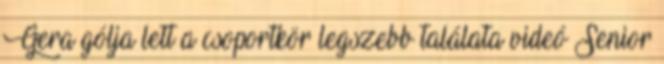
Gera gólja lett a csoportkör legszebb találata videó Senior